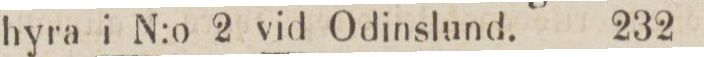
hyra i N:o 2 vid Odinslund.    232